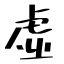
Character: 虚